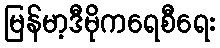
မြန်မာ့ဒီမိုကရေစီရေး